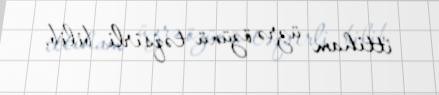
ittiham üzrə özünü təqsirli bilib.